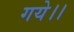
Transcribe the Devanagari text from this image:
गये।।